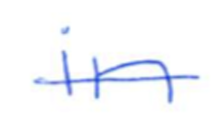
Text: in
Cross-out: mix
Writing tool: ballpoint